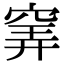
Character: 𥦌